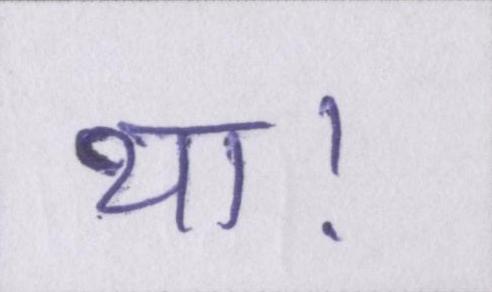
था।